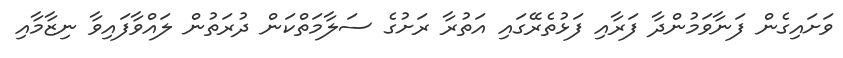
ވަށައިގެން ފަނާވަމުންދާ ފަރާއި ފަޅުތެރޭގައި އަތުރާ ރަށުގެ ސަލާމަތްކަން ދުރަތުން ލައްވާފައިވާ ނިޒާމާއި